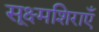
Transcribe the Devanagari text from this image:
सूक्ष्मशिराएँ